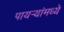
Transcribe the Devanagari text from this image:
पायऱ्यांमध्ये